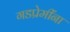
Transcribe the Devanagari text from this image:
गडप्रेमींना